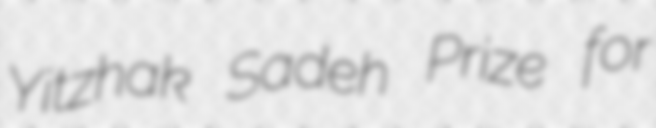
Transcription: Yitzhak Sadeh Prize for